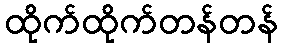
ထိုက်ထိုက်တန်တန်